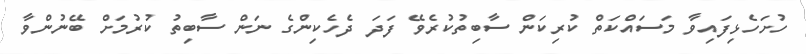
ހުށަހެޅިފައިވާ މަސައްކަތް ކުރިކަން ސާބިތުކުރެވޭ ފަދަ ދެހެކިންގެ ނަން ސާބިތު ކުރުމަށް ބޭނުންވާ